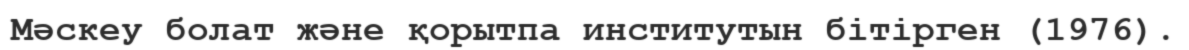
Мәскеу болат және қорытпа институтын бітірген (1976).